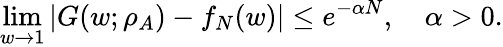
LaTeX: \operatorname*{lim}_{w\to 1}|G(w;\rho_{A})-f_{N}(w)|\leq e^{-\alpha N},\quad\alpha>0.